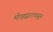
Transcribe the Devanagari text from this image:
मोक्षद्वारापासून